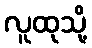
လူထုသို့